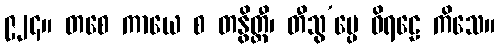
၉၂၄။ တစေ ကာယေ စ တနွိတ္ထီ၊ တီသွ’ပ္ပေ ဝိရဠေ ကိသေ။